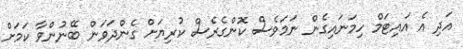
އަދި އެ އައިޓަމް ހިމަނައިގެން ނަމަވެސް ކޮންގެރެސް ކުރިޔަށް ގެންދަވަން ބޭނުންވާ ކަމަށް